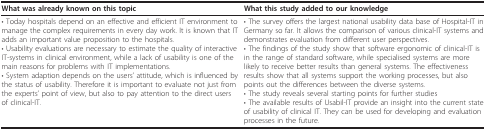
<table><thead><tr><td><b>What was already known on this topic</b></td><td><b>What this study added to our knowledge</b></td></tr></thead><tbody><tr><td>• Today hospitals depend on an effective and efficient IT environment to manage the complex requirements in every day work. It is known that IT adds an important value proposition to the hospitals.• Usability evaluations are necessary to estimate the quality of interactive IT-systems in clinical environment, while a lack of usability is one of the main reasons for problems with IT implementations.• System adaption depends on the users&#x27; attitude, which is influenced by the status of usability. Therefore it is important to evaluate not just from the experts&#x27; point of view, but also to pay attention to the direct users of clinical-IT.</td><td>• The survey offers the largest national usability data base of Hospital-IT in Germany so far. It allows the comparison of various clinical-IT systems and demonstrates evaluation from different user perspectives.• The findings of the study show that software ergonomic of clinical-IT is in the range of standard software, while specialised systems are more likely to receive better results than general systems. The effectiveness results show that all systems support the working processes, but also points out the differences between the diverse systems.• The study reveals several starting points for further studies• The available results of Usabil-IT provide an insight into the current state of usability of clinical IT. They can be used for developing and evaluation processes in the future.</td></tr></tbody></table>